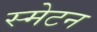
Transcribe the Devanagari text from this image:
स्मेटन